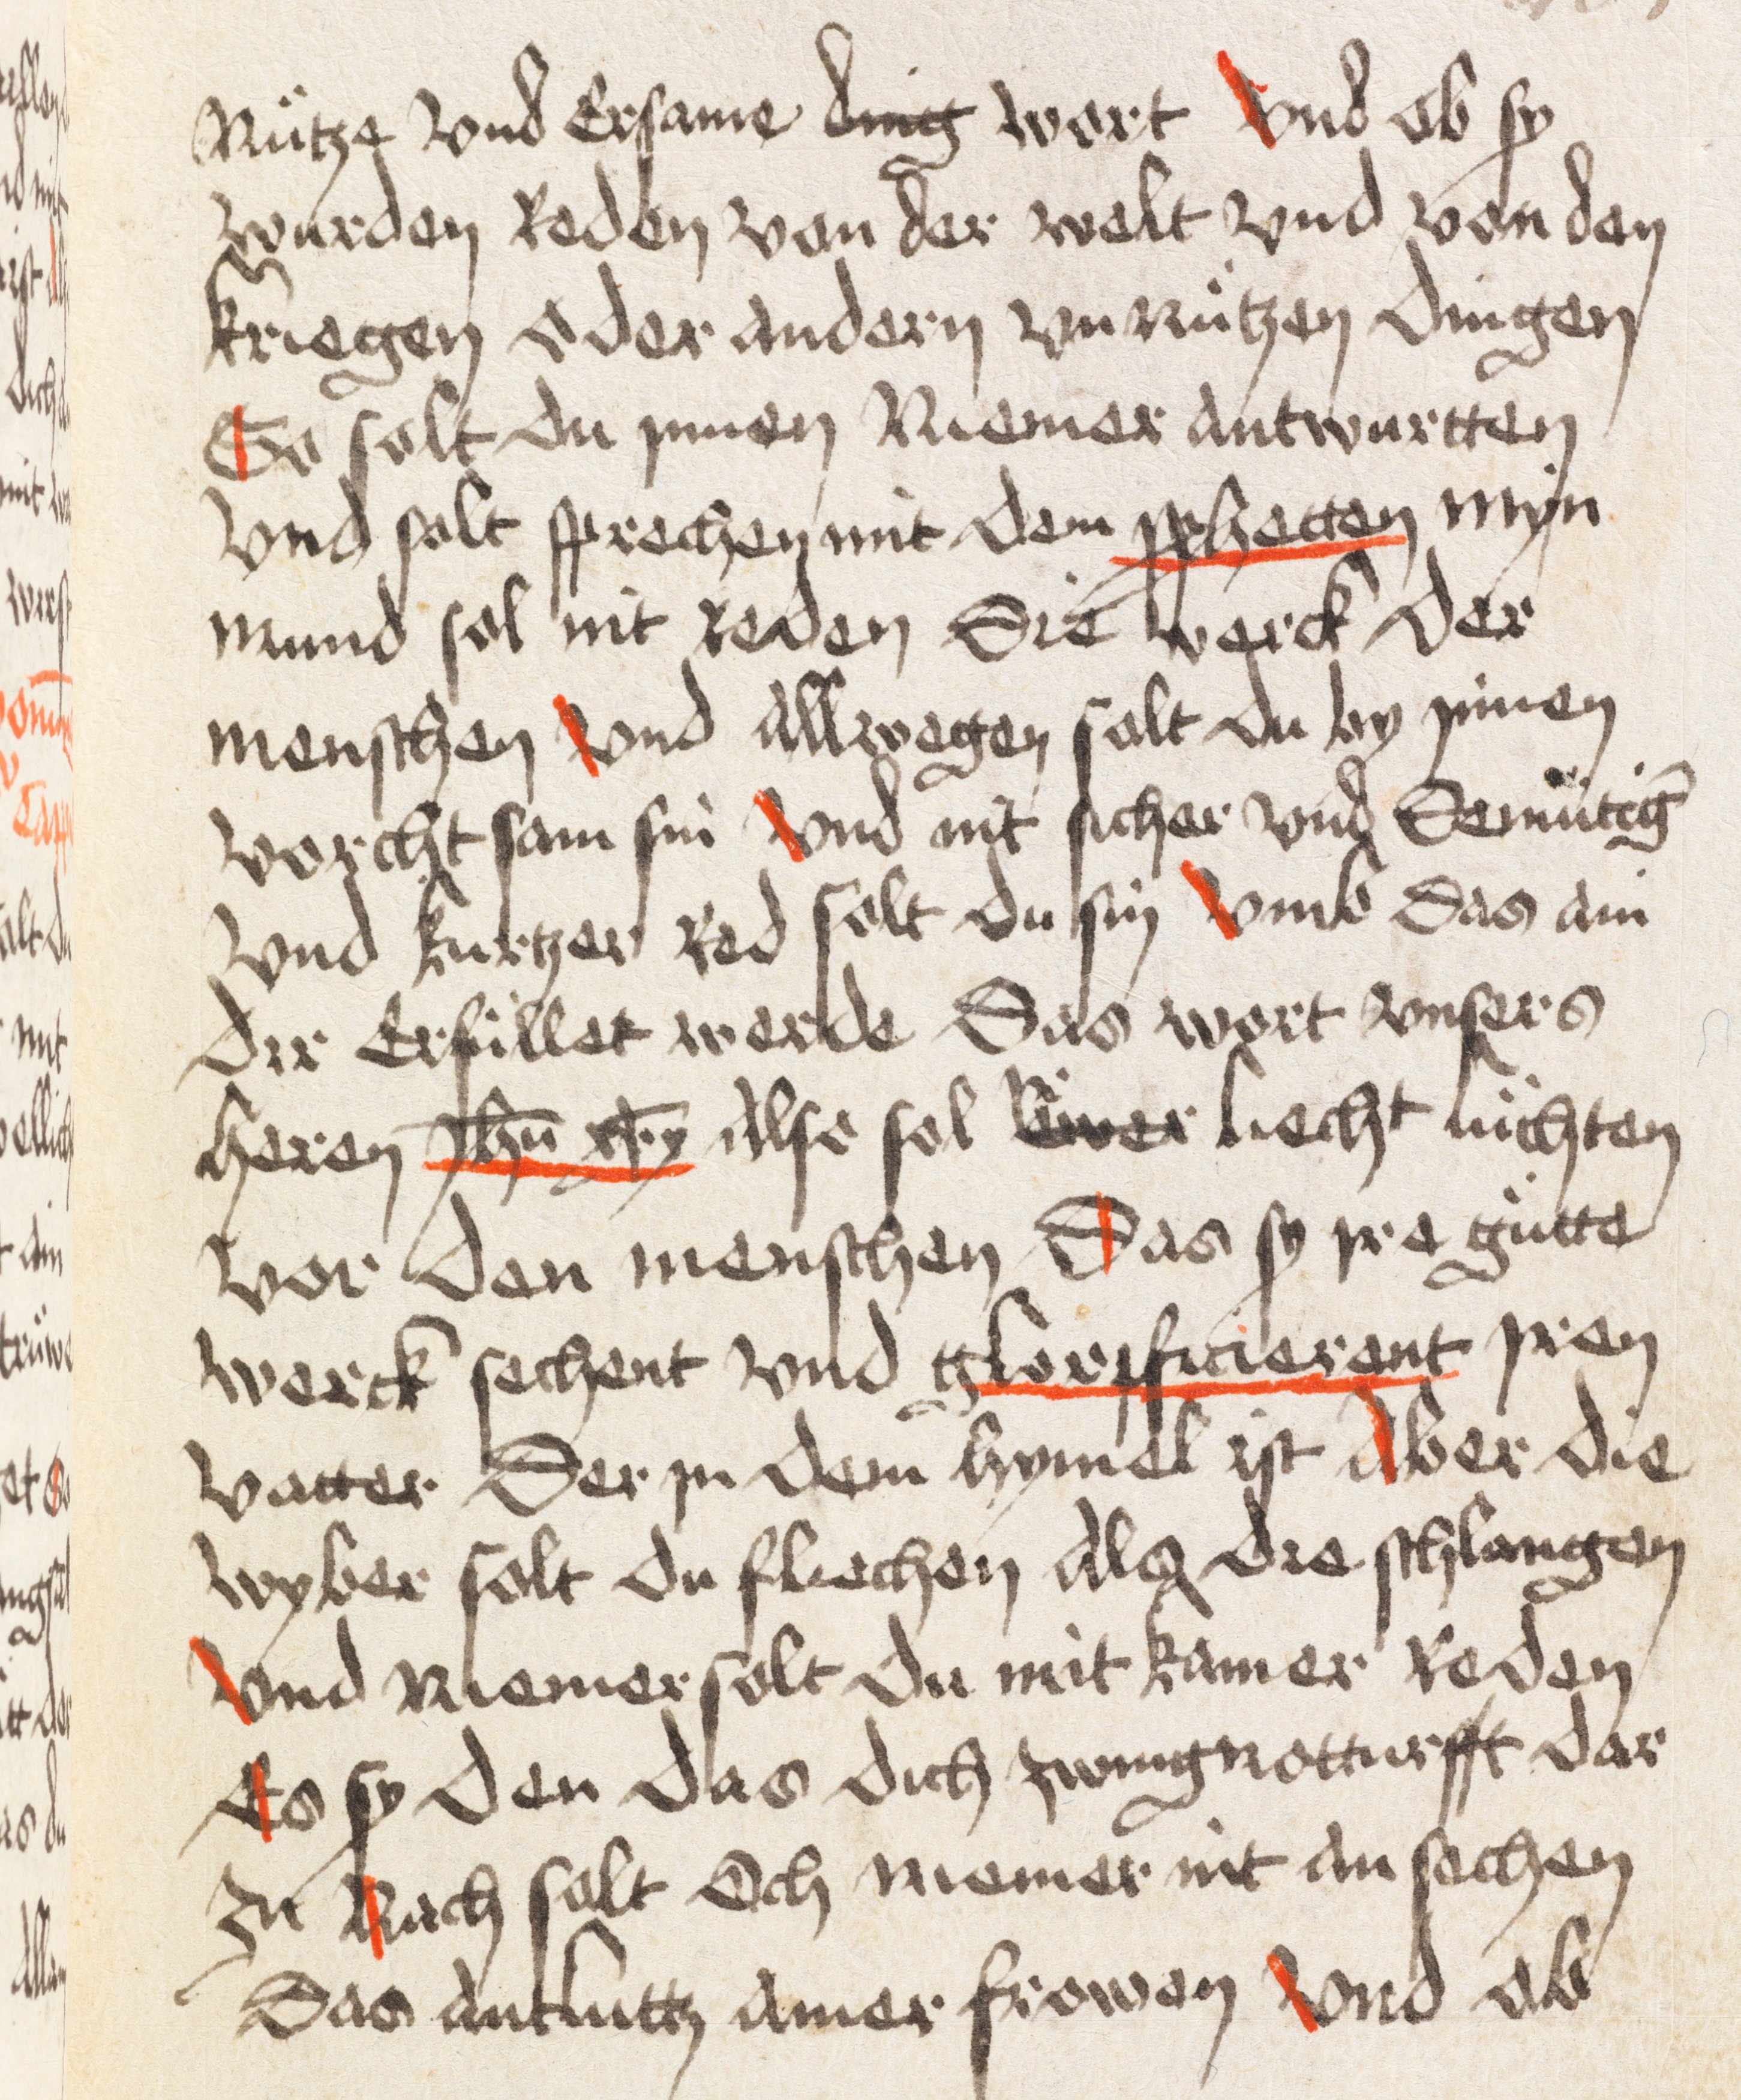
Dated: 1498–1498